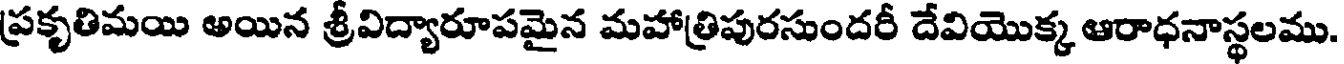
ప్రకృతిమయి అయిన శ్రీవిద్యారూపమైన మహాత్రిపురసుందరీ దేవియొక్క ఆరాధనాస్థలము.